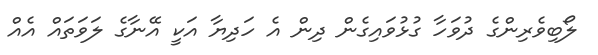
ލޯބިވެރިންގެ ދުވަހާ ގުޅުވައިގެން ދިން އެ ހަދިޔާ އަކީ އޭނާގެ ލަވަތައް އެއް